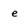
Character: e